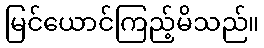
မြင်ယောင်ကြည့်မိသည်။